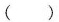
()